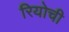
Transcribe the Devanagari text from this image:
रियोची